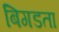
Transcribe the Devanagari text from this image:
बिगडता